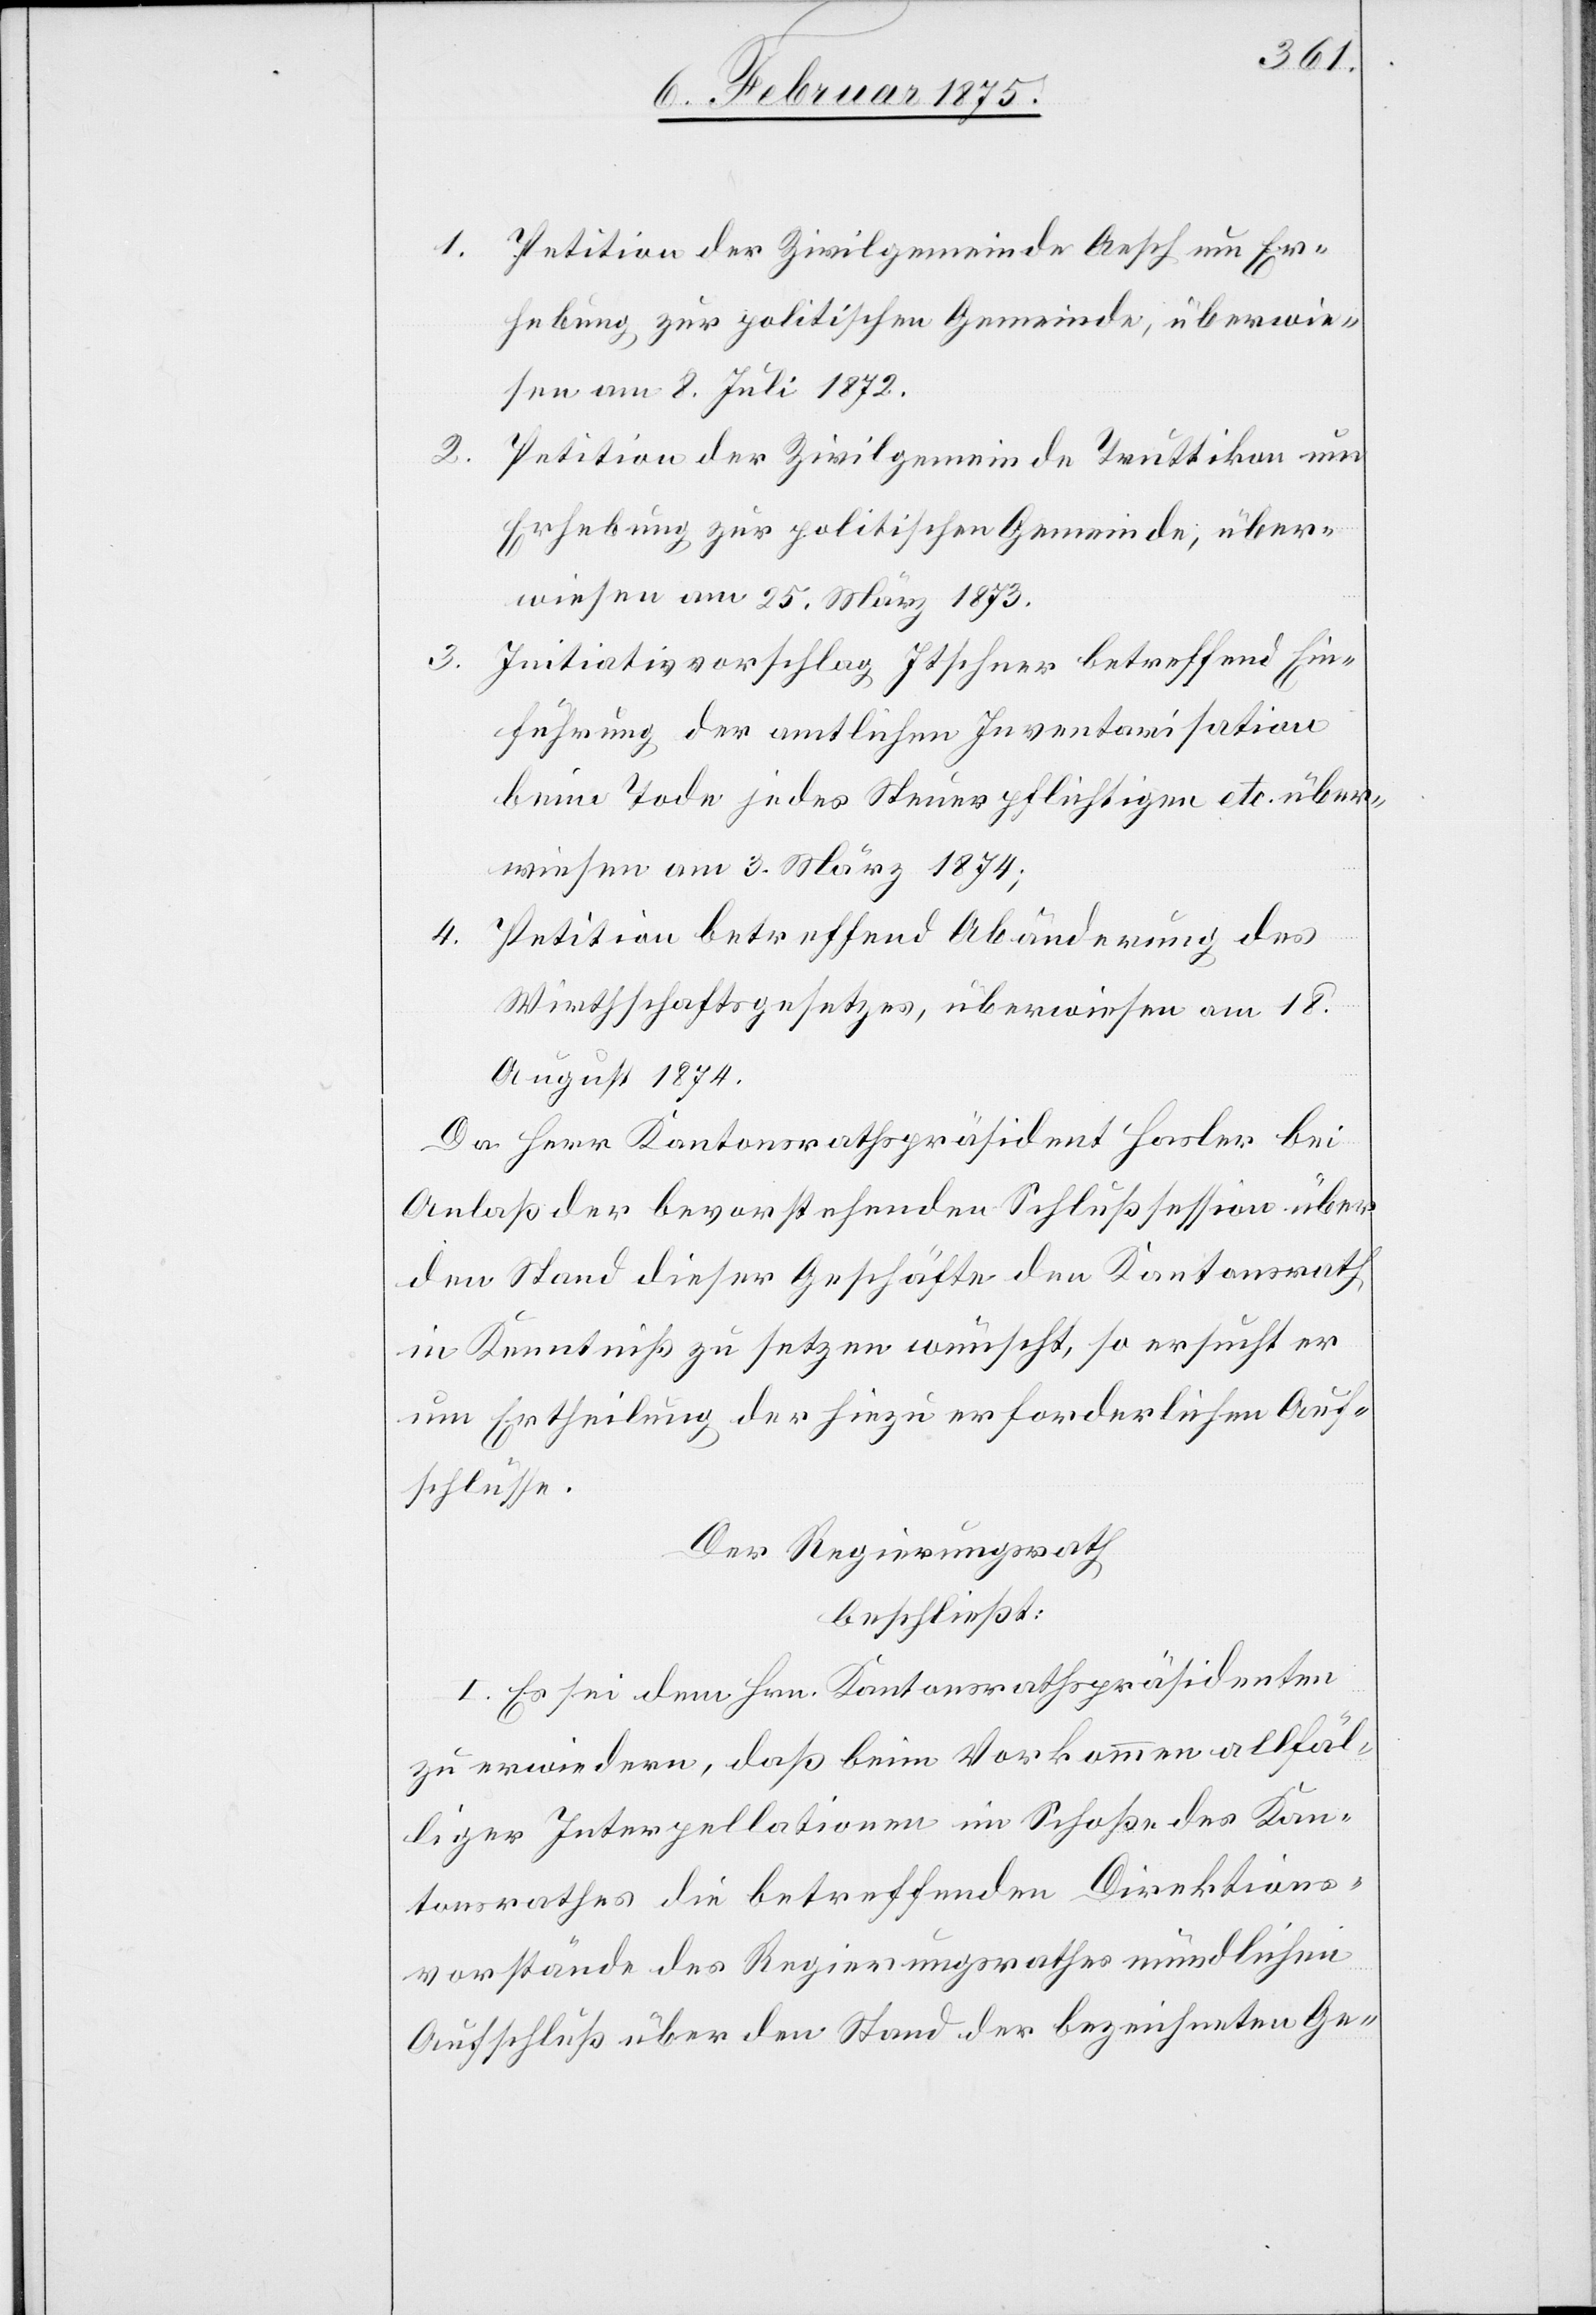
1. Petition der Zivilgemeinde Aesch um Er¬
hebung zur politischen Gemeinde, überwie¬
sen am 8. Juli 1872.
2. Petition der Zivilgemeinde Trutlikon um
Erhebung zur politischen Gemeinde, über¬
wiesen am 25. März 1873.
3. Initiativvorschlag Itscher betreffend Ein¬
führung der amtlichen Inventarisation
beim Tode jedes Steuerpflichtigen etc. über¬
wiesen am 3. März 1874;
4. Petition betreffend Abänderung des
Wirthschaftsgesetzes, überwiesen am 18.
August 1874.
Da Herr Kantonsrathspräsident Hasler bei
Anlaß der bevorstehenden Schlußsession über
den Stand dieser Geschäfte den Kantonsrath
in Kenntniß zu setzen wünscht, so ersucht er
um Ertheilung der hiezu erforderlichen Auf¬
schlüsse.
Der Regierungsrath
beschließt:
I. Es sei dem Hrn. Kantonsrathspräsidenten
zu erwiedern, das bei Vorkommen allfäl¬
liger Interpellationen im Schoße des Kan¬
tonsrathes die betreffenden Direktions¬
vorstände des Regierungsrathes mündlichen
Aufschluß über den Stand der bezeichneten Ge-